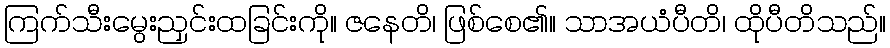
ကြက်သီးမွေးညှင်းထခြင်းကို။ ဇနေတိ၊ ဖြစ်စေ၏။ သာအယံပီတိ၊ ထိုပီတိသည်။